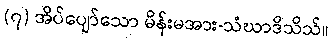
(၇) အိပ်ပျော်သော မိန်းမအား-သံဃာဒိသိသ်။